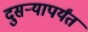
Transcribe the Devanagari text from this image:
दुसऱ्यापर्यंत